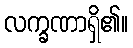
လက္ခဏာရှိ၏။